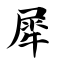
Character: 犀